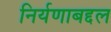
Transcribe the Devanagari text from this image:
निर्यणाबद्दल